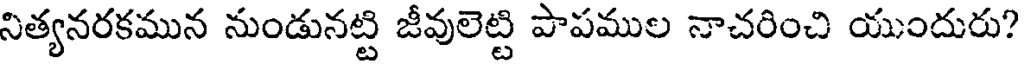
నిత్యనరకమున నుండునట్టి జీవులెట్టి పాపముల నాచరించి యుందురు?